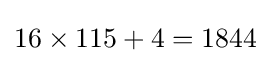
16\times 115+4=1844